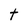
Character: t